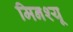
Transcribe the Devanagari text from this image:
मिनश्यू